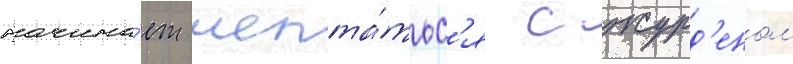
начина́ет шепта́тьс'я с журд'еном